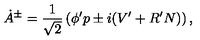
\dot { A } { } ^ { \pm } = \frac { 1 } { \sqrt { 2 } } \left( \phi ^ { \prime } p \pm i ( V ^ { \prime } + R ^ { \prime } N ) \right) ,